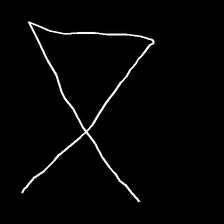
Glyph: collection